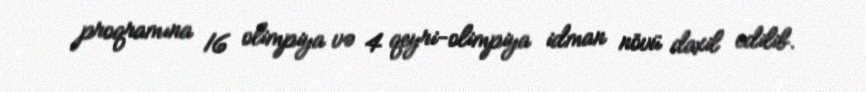
proqramına 16 olimpiya və 4 qeyri-olimpiya idman növü daxil edilib.